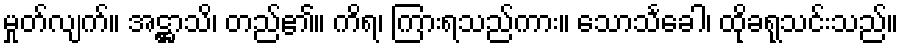
မှုတ်လျက်။ အဋ္ဌာသိ၊ တည်၏။ ကိရ၊ ကြားရသည်ကား။ သောသင်္ခေါ၊ ထိုခရုသင်းသည်။